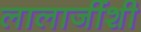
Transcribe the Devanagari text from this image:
लालाजींशी